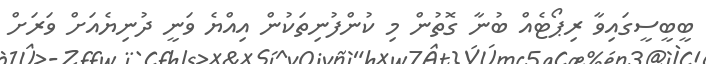
ބީބީސީގައިވާ ރިޕޯޓެއް ބުނާ ގޮތުން މި ކުންފުނިތަކުން އިއްޔެ ވަނީ ދުނިޔެއަށް ވަރަށް